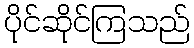
ပိုင်ဆိုင်ကြသည်